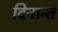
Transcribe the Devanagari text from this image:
दिनान्त